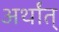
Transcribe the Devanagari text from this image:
अर्थांत्